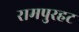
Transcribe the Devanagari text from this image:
रामपुरहट